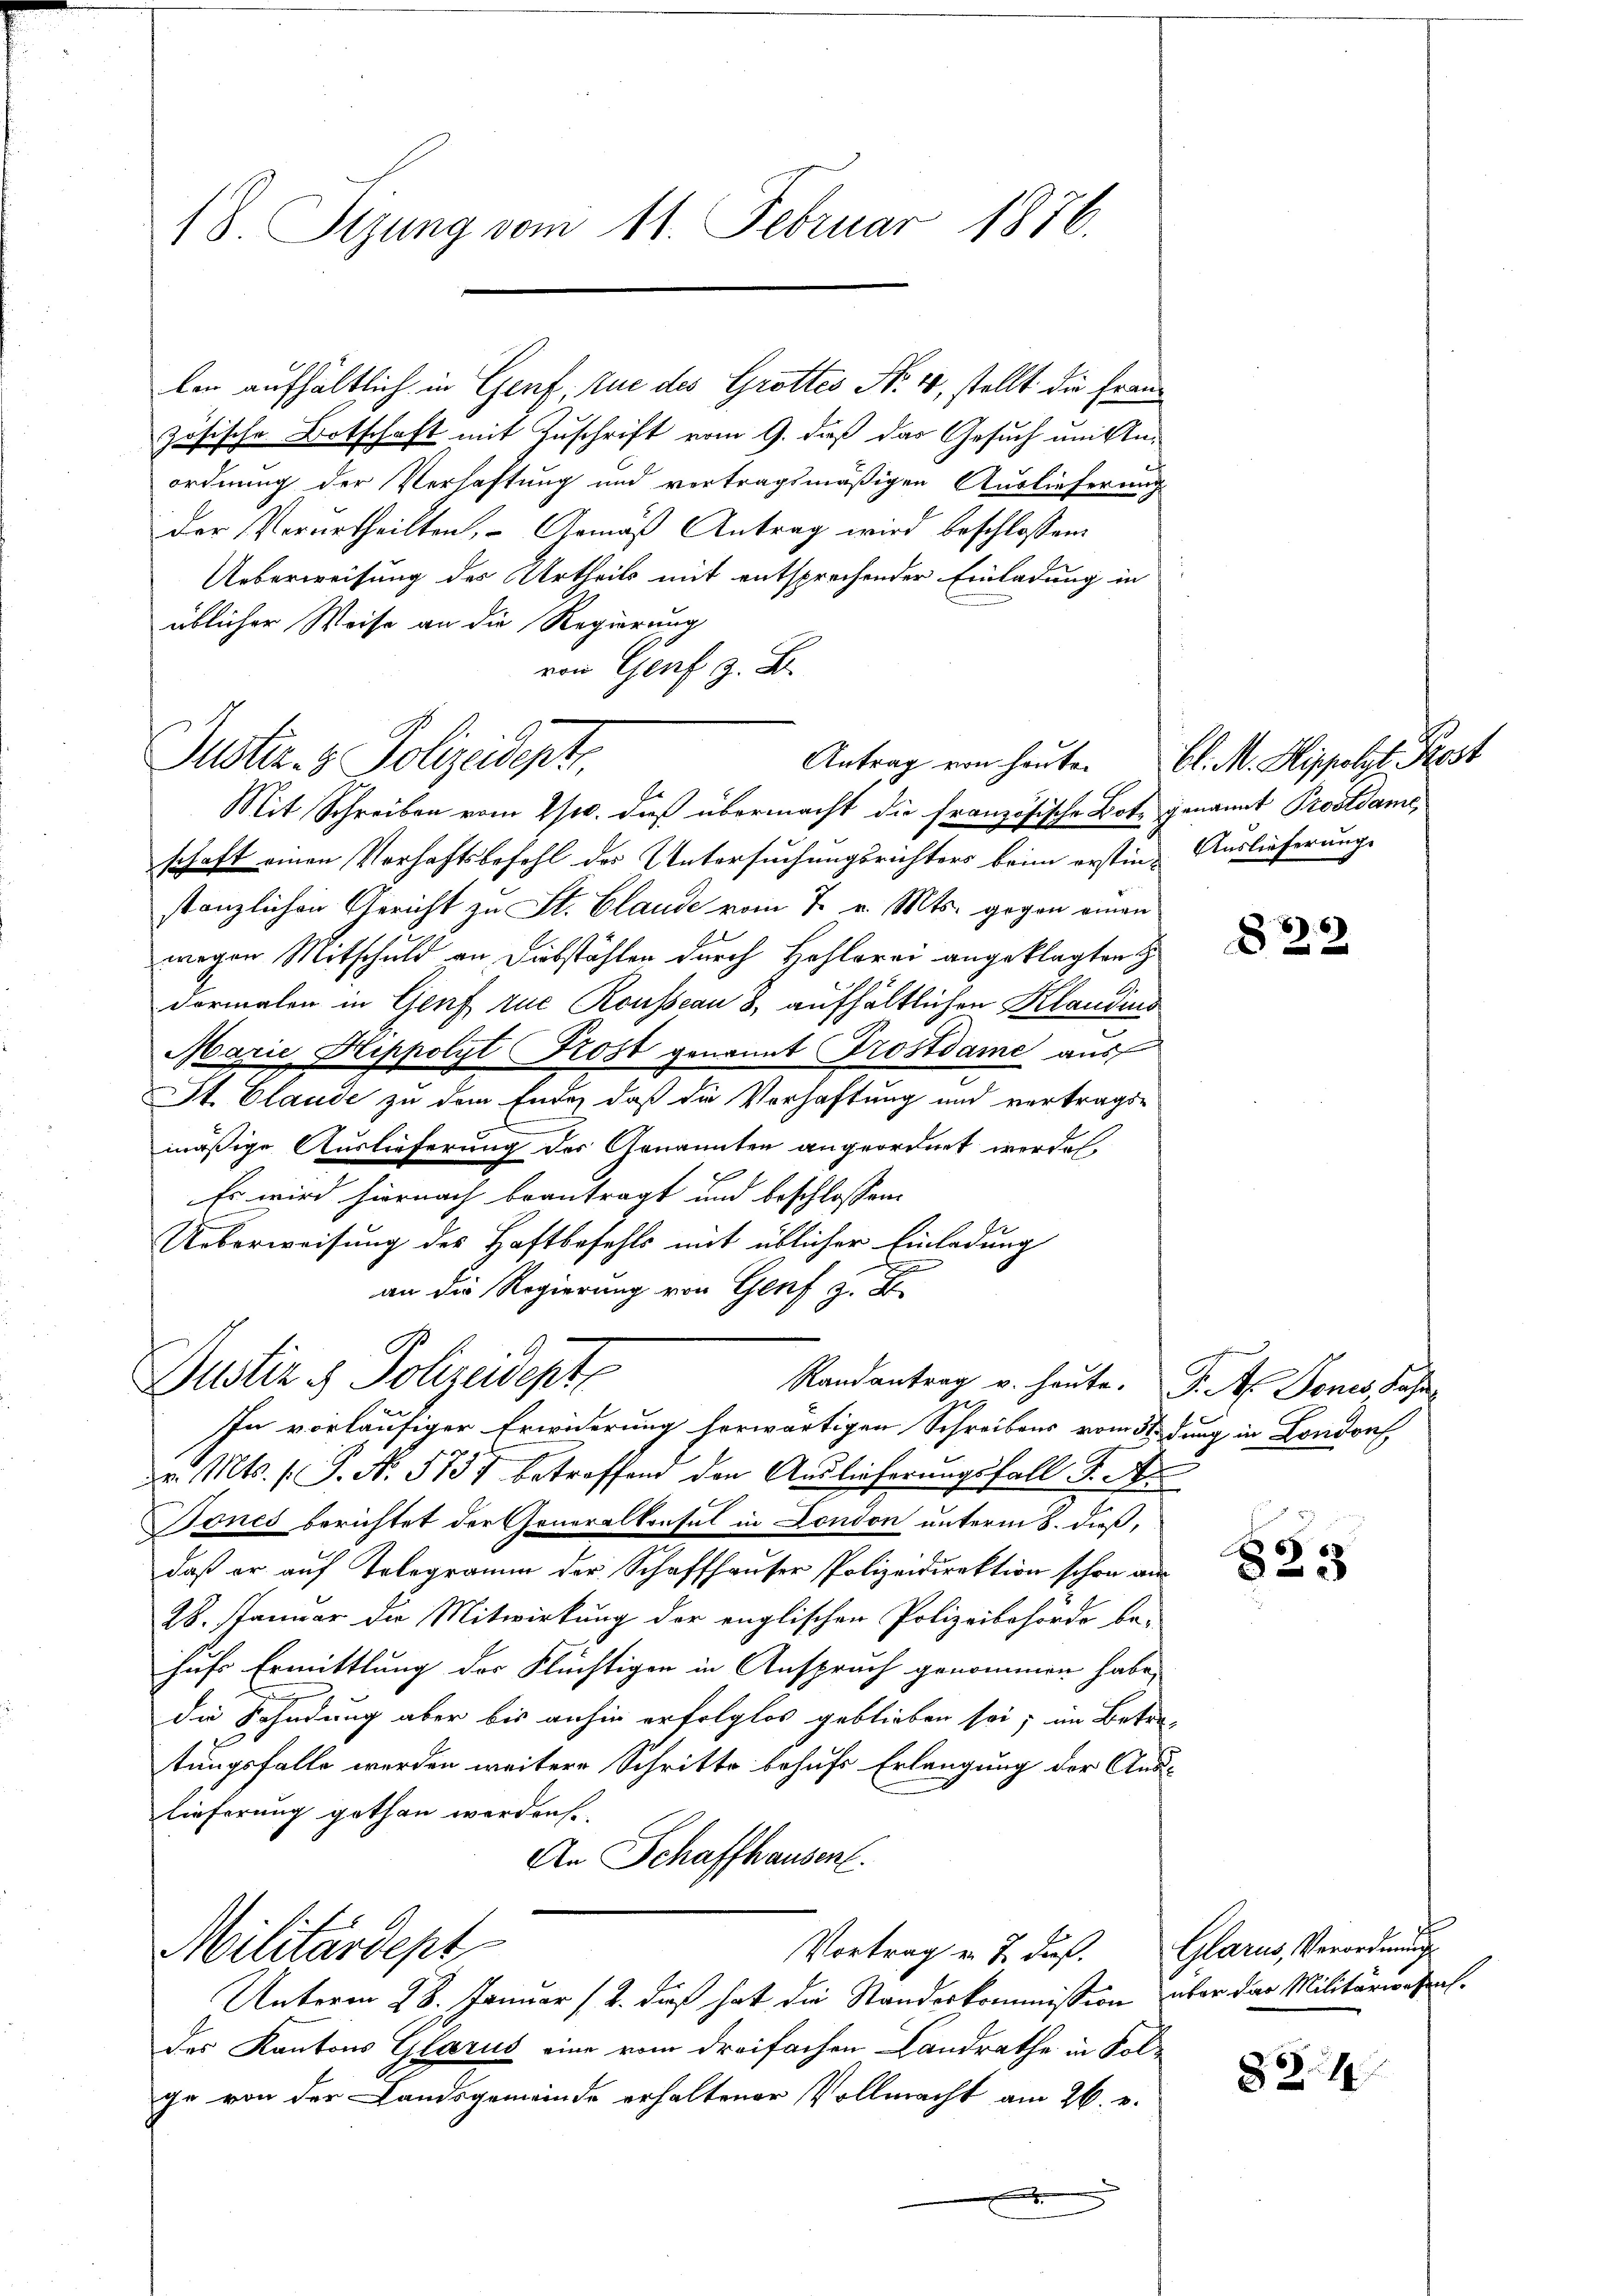
18. Sizung vom 11. Februar 1876.

lon aufhältlich in Genf, tue des Grottes No. 4, stellt die Frauzösische Ortschaft mit Zuschrift vom 9. daß das Gesuch um Anordnung der Verhaftung und vertragsmäßigen Auslieferung
der Verurtheilten, Gemäß Antrag wird beschlossen:
Ueberweisung des Urtheils mit entsprechender Einladung in
üblicher Weise an die Regierung
von Genf z. B.

Justiz- & Polizeidept.

Justiz & Polizeidente

Mit Schreiben vom 1ste. dieß übermacht die französische Bote genannt Prooldame
schaft einen Verhaftsbefehl des Untersuchungsrichters beim erstin Auslieferung
stanzlichen Gericht zu St. Claude vom 7. v. Mts. gegen einen
wegen Mitschuld an Diebstählen durch Hohlerei angeklagten H
dormalen in Genf zue Rousseau 8, aufhältlichen Klaudius
Marie Hippolyt Rost genannt Trostdame aus
St. Claude zu dem Ende, daß die Verhaftung und vertrags-
mäßige Auslieferung der Genannten angeordnet werden.
Es wird hiernach beantragt und beschlossen:
Ueberweisung der Haftbefehls mit üblicher Einladung
an die Regierung von Genf z. B
In vorläufiger Erwiderung herwärtigen Schreibens vom Sedung in London,
v. Mts. s. S. No. 5737 betreffend den Auslieferungsfall S. A
Bones berichtet der Generalkonsul in London unterm 8. dieß,
daß er auf Telegramm der Schaffhauser Polizeidirektion schon aus
28. Januar die Mitwirkung der englischen Polizeibehörde be-
hufs Ermittlung der Flüchtigen in Anspruch genommen habe,
die Fahndung aber bis anhin erfolglos geblieben sei; im Betretungsfalle werden weitere Schritte behufs Erlangung der And
lieferung gethan werden.
An Schaffhausen.
Militärdept
Vortrag v. J. dieß.
Unterm 28. Januar (2. dieß hat die Standerkommission über das Militärwesentdes Kantons Glarus eine vom dreifachen Landrathe in Folge von der Landsgemeinde erhaltener Vollmacht am 26. e.

Randantrag v. heute. P. A. Bones Jahr
Ge

Antrag von heute. Bl. M. Sippolyt Post

822

x
3

Glarus, Verordnung

834